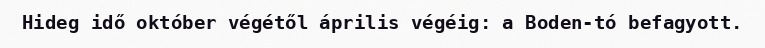
Hideg idő október végétől április végéig: a Boden-tó befagyott.